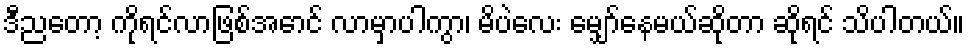
ဒီညတော့ ကိုရင်လာဖြစ်အောင် လာမှာပါကွာ၊ မိပဲလေး မျှော်နေမယ်ဆိုတာ ဆိုရင် သိပါတယ်။